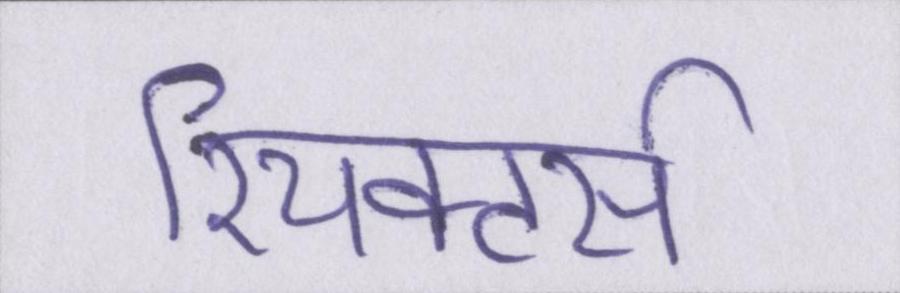
रियक्टर्स